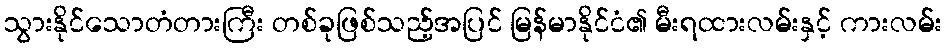
သွားနိုင်သောတံတားကြီး တစ်ခုဖြစ်သည့်အပြင် မြန်မာနိုင်ငံ၏ မီးရထားလမ်းနှင့် ကားလမ်း